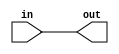

// test_simulation_always_15_test.v
module f1_test(input [1:0] in, output reg [1:0] out);

always @(in)
    out = in;
endmodule	

// test_simulation_always_17_test.v
module f2_test(a, b, c, d, z);
input a, b, c, d;
output z;
reg z, temp1, temp2;

always @(a or b or c or d)
begin
    temp1 = a ^ b;
	temp2 = c ^ d;
	z = temp1 ^ temp2;
end	

endmodule

// test_simulation_always_18_test.v
module f3_test (in1, in2, out);
input  in1, in2;
output  reg out;

always @ ( in1 or in2)
	if(in1 > in2)
		out = in1;
	else
		out = in2;
endmodule		

// test_simulation_always_19_test.v
module f4_test(ctrl, in1,  in2, out);
input ctrl;
input  in1, in2;
output  reg out;

always @ (ctrl or in1 or in2)
	if(ctrl)
		out = in1 & in2;
	else 
		out = in1 | in2;
endmodule		

// test_simulation_always_1_test.v
module f5_test(input in, output reg out);

always @(in)
    out = in;
endmodule	

// test_simulation_always_20_test.v
module f6_NonBlockingEx(clk, merge, er, xmit, fddi, claim);
input clk, merge, er, xmit, fddi;
output reg claim;
reg fcr;

always @(posedge clk)
begin
    fcr <= er | xmit;

	if(merge)
	    claim <= fcr & fddi;
	else
	    claim <= fddi;
end
endmodule

// test_simulation_always_21_test.v
module f7_FlipFlop(clk, cs, ns);
input clk;
input [7:0] cs;
output [7:0] ns;
integer is;

always @(posedge clk)
    is <= cs;

assign ns = is;
endmodule	

// test_simulation_always_22_test.v
module f8_inc(clock, counter);

input clock;
output reg [7:0] counter;
always @(posedge clock)
	counter <= counter + 1;
endmodule	

// test_simulation_always_23_test.v
module f9_MyCounter (clock, preset, updown, presetdata, counter);
input clock, preset, updown;
input [1: 0] presetdata;
output reg [1:0] counter;

always @(posedge clock)
    if(preset)
	    counter <= presetdata;
	else
	    if(updown)
		    counter <= counter + 1;
		else
		    counter <= counter - 1;
endmodule			

// test_simulation_always_27_test.v
module f10_FlipFlop(clock, cs, ns);
input clock;
input cs;
output reg ns;
reg temp;

always @(posedge clock)
begin
    temp <= cs;
	ns <= temp;
end	

endmodule	

// test_simulation_always_29_test.v
module f11_test(input in, output reg [1:0] out);

    always @(in)
    begin
        out = in;
        out = out + in;
    end

endmodule